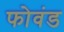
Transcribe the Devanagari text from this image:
फोवंड